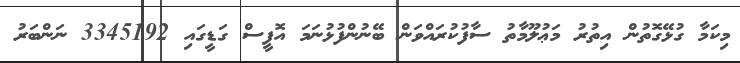
މިކަމާ ގުޅޭގޮތުން އިތުރު މަޢުލޫމާތު ސާފުކުރައްވަން ބޭނުންފުޅުނަމަ އޮފީސް ގަޑީގައި 3345192 ނަންބަރު